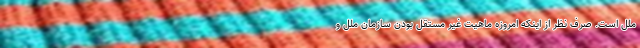
ملل است. صرف نظر از اینکه امروزه ماهیت غیر مستقل بودن سازمان ملل و